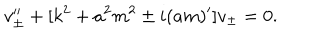
v _ { \pm } ^ { \prime \prime } + [ k ^ { 2 } + a ^ { 2 } m ^ { 2 } \pm i ( a m ) ^ { \prime } ] v _ { \pm } = 0 .